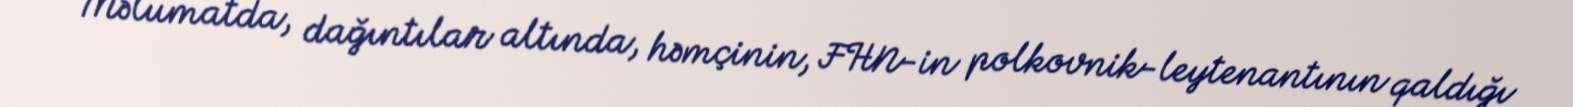
Məlumatda, dağıntılar altında, həmçinin, FHN-in polkovnik-leytenantının qaldığı